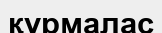
құрмалас